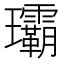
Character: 𤫦